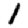
Digit: 1